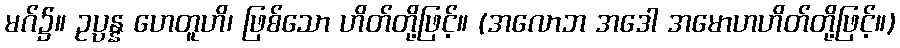
မဂ်၌။ ဥပ္ပန္န ဟေတူဟိ၊ ဖြစ်သော ဟိတ်တို့ဖြင့်။ (အလောဘ အဒေါ အမောဟဟိတ်တို့ဖြင့်။)